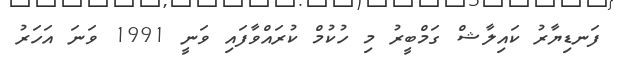
ފަނޑިޔާރު ކައިލާޝް ގަމްބީރު މި ހުކުމް ކުރައްވާފައި ވަނީ 1991 ވަނަ އަހަރު